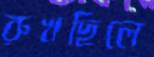
রুখছিলে